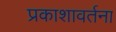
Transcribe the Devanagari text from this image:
प्रकाशावर्तना